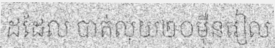
ដដែល បាត់លុយ២០ម៉ឺនរៀល